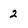
Character: 2